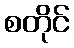
စတိုင်